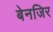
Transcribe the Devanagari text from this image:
बेनजिर